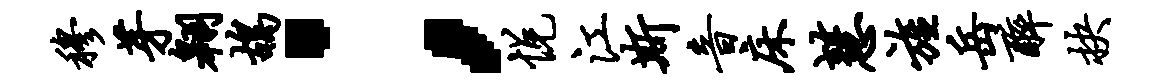
穆芽翱鸪；悦江斯音床慧旌岳醉抉